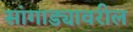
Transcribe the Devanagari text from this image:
सांगाड्यावरील